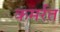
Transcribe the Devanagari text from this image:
कमर्रत